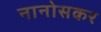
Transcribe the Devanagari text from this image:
नानोसकर